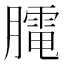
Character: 𦡏